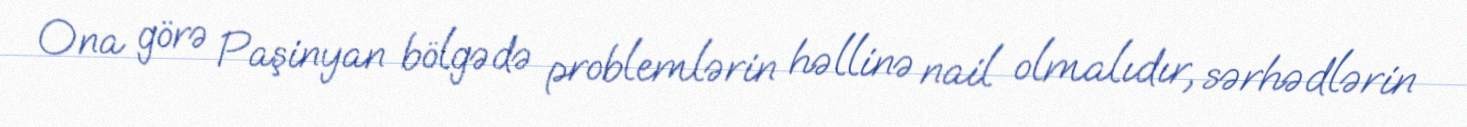
Ona görə Paşinyan bölgədə problemlərin həllinə nail olmalıdır, sərhədlərin